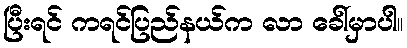
ပြီးရင် ကရင်ပြည်နယ်က လာ ခေါ်မှာပါ။